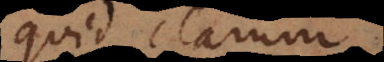
quid clarum